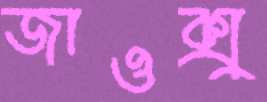
জাওক্সু